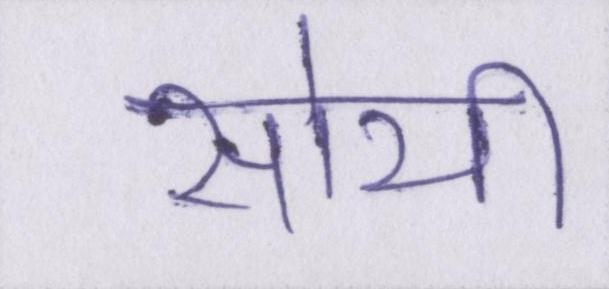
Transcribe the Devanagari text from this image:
सोयी